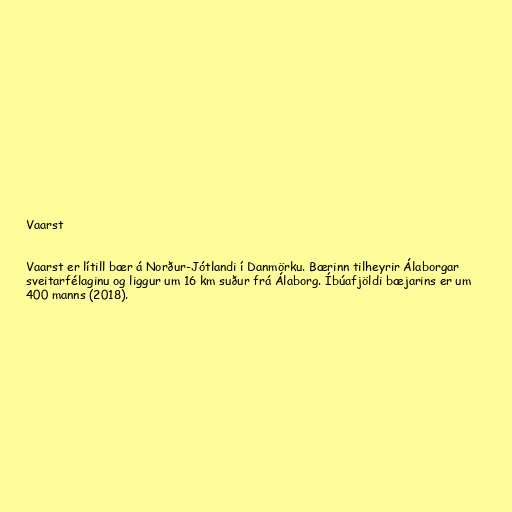
Vaarst

Vaarst er lítill bær á Norður-Jótlandi í Danmörku. Bærinn tilheyrir Álaborgar
sveitarfélaginu og liggur um 16 km suður frá Álaborg. Íbúafjöldi bæjarins er um
400 manns (2018).